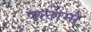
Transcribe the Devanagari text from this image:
पलामौ